Annual statistical returns and brief notes on vaccination in Bengal - 1909-1929
Year: 1909
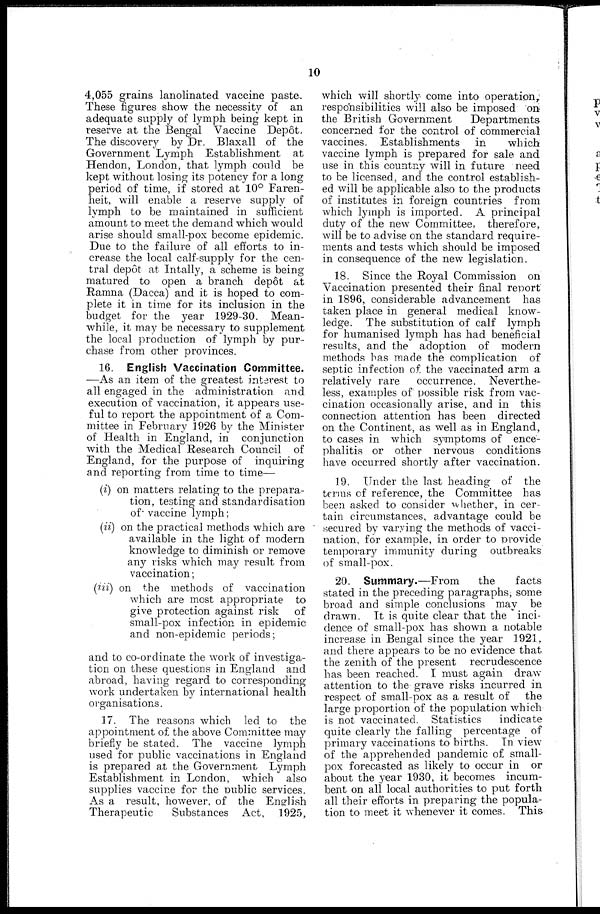
10
4,055 grains lanolinated vaccine paste.
These figures show the necessity of an
adequate supply of lymph being kept in
reserve at the Bengal Vaccine Depôt.
The discovery by Dr. Blaxall of the
Government Lymph Establishment at
Hendon, London, that lymph could be
kept without losing its potency for a long
period of time, if stored at 10° Faren-
heit, will enable a reserve supply of
lymph to be maintained in sufficient
amount to meet the demand which would
arise should small-pox become epidemic.
Due to the failure of all efforts to in-
crease the local calf-supply for the cen-
tral depôt at Intally, a scheme is being
matured to open a branch depôt at
Ramna (Dacca) and it is hoped to com-
plete it in time for its inclusion in the
budget for the year 1929-30. Mean-
while, it may be necessary to supplement
the local production of lymph by pur-
chase from other provinces.
16. English Vaccination Committee.
—As an item of the greatest interest to
all engaged in the administration and
execution of vaccination, it appears use-
ful to report the appointment of a Com-
mittee in February 1926 by the Minister
of Health in England, in conjunction
with the Medical Research Council of
England, for the purpose of inquiring
and reporting from time to time—
(i) on matters relating to the prepara-
tion, testing and standardisation
of vaccine lymph;
(ii) on the practical methods which are
available in the light of modern
knowledge to diminish or remove
any risks which may result from
vaccination;
(iii) on the methods of vaccination
which are most appropriate to
give protection against risk of
small-pox infection in epidemic
and non-epidemic periods;
and to co-ordinate the work of investiga-
tion on these questions in England and
abroad, having regard to corresponding
work undertaken by international health
organisations.
17. The reasons which led to the
appointment of the above Committee may
briefly be stated. The vaccine lymph
used for public vaccinations in England
is prepared at the Government Lymph
Establishment in London, which also
supplies vaccine for the public services.
As a result, however, of the English
Therapeutic
Substances Act, 1925,
which will shortly come into operation,
responsibilities will also be imposed on
the British Government
Departments
concerned for the control of commercial
vaccines. Establishments in
which
vaccine lymph is prepared for sale and
use in this countny will in future need
to be licensed, and the control establish-
ed will be applicable also to the products
of institutes in foreign countries from
which lymph is imported. A principal
duty of the new Committee, therefore,
will be to advise on the standard require-
ments and tests which should be imposed
in consequence of the new legislation.
18. Since the Royal Commission on
Vaccination presented their final report
in 1896, considerable advancement has
taken place in general medical know-
ledge. The substitution of calf lymph
for humanised lymph has had beneficial
results, and the adoption of modern
methods has made the complication of
septic infection of the vaccinated arm a
relatively rare
occurrence. Neverthe-
less, examples of possible risk from vac-
cination occasionally arise, and in this
connection attention has been directed
on the Continent, as well as in England,
to cases in which symptoms of ence-
phalitis or other nervous conditions
have occurred shortly after vaccination.
19. Under the last heading of the
terms of reference, the Committee has
been asked to consider whether, in cer-
tain circumstances, advantage could be
secured by varying the methods of vacci-
nation, for example, in order to provide
temporary immunity during outbreaks
of small-pox.
20. Summary.—From
the
facts
stated in the preceding paragraphs, some
broad and simple conclusions may be
drawn. It is quite clear that the inci-
dence of small-pox has shown a notable
increase in Bengal since the year 1921,
and there appears to be no evidence that
the zenith of the present recrudescence
has been reached. I must again draw
attention to the grave risks incurred in
respect of small-pox as a result of
the
large proportion of the population which
is not vaccinated. Statistics
indicate
quite clearly the falling percentage of
primary vaccinations to births. In view
of the apprehended pandemic of small-
pox forecasted as likely to occur in or
about the year 1930, it becomes incum-
bent on all local authorities to put forth
all their efforts in preparing the popula-
tion to meet it whenever it comes. This